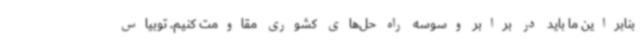
بنابراین ما باید در برابر وسوسه راه حل‌های کشوری مقاومت کنیم. توبیاس